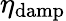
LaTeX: \eta_{\mathrm{damp}}